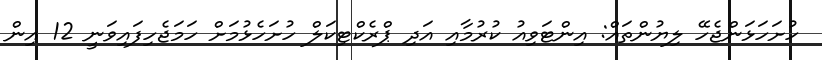
ހުށަހަޅަންޖެހޭ ލިޔުންތައް: އިންޓަވިއު ކުރުމާއި އަދި ޕްރެކްޓިކަލް ހުށަހެޅުމަށް ހަމަޖެހިފައިވަނީ 12 އިން